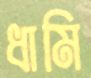
ধামি